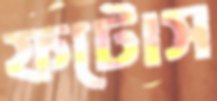
ফটোস